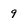
Character: 9